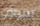
سوف